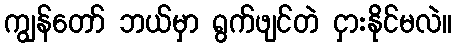
ကျွန်တော် ဘယ်မှာ ရွက်ဖျင်တဲ ငှားနိုင်မလဲ။